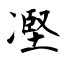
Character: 𠗻